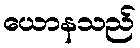
ယောနသည်